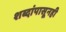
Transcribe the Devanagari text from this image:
शब्दांपासूनही